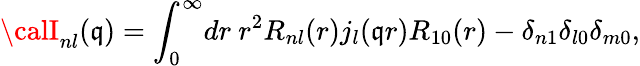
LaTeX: {\calI}_{nl}(\mathfrak{q})={\int}_{0}^{\infty}dr\ r^{2}R_{nl}(r)j_{l}(\mathfrak{q}r)R_{10}(r)-\delta_{n1}\delta_{l0}\delta_{m0},